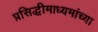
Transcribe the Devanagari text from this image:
प्रसिद्धीमाध्यमांच्या